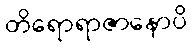
တိရောရာဇာနောပိ